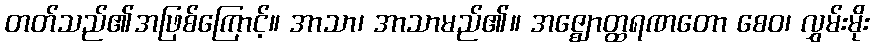
တတ်သည်၏အဖြစ်ကြောင့်။ အာသာ၊ အာသာမည်၏။ အဇ္ဈောတ္ထရဏတော စေဝ၊ လွှမ်းမိုး